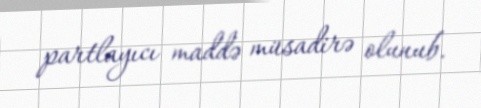
partlayıcı maddə müsadirə olunub.